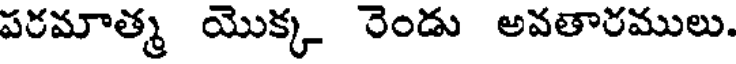
పరమాత్మ యొక్క రెండు అవతారములు.